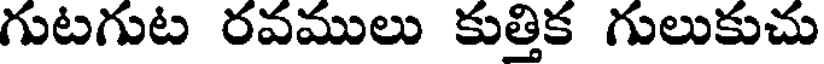
గుటగుట రవములు కుత్తిక గులుకుచు